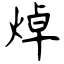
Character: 焯